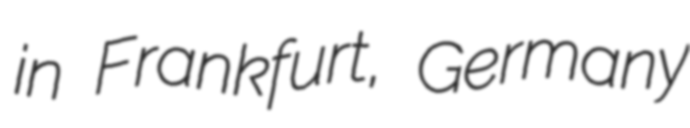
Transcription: in Frankfurt, Germany